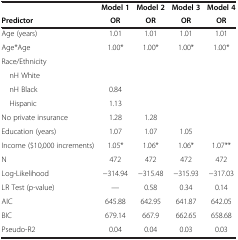
|  | Model 1 | Model 2 | Model 3 | Model 4 |
 | Predictor | OR | OR | OR | OR |
 | --- | --- | --- | --- | --- |
 | Age (years) | 1.01 | 1.01 | 1.01 | 1.01 |
 | Age*Age | 1.00* | 1.00* | 1.00* | 1.00* |
 | Race/Ethnicity |  |  |  |  |
 | nH White |  |  |  |  |
 | nH Black | 0.84 |  |  |  |
 | Hispanic | 1.13 |  |  |  |
 | No private insurance | 1.28 | 1.28 |  |  |
 | Education (years) | 1.07 | 1.07 | 1.05 |  |
 | Income ($10,000 increments) | 1.05* | 1.06* | 1.06* | 1.07** |
 | N | 472 | 472 | 472 | 472 |
 | Log-Likelihood | −314.94 | −315.48 | −315.93 | −317.03 |
 | LR Test (p-value) | --- | 0.58 | 0.34 | 0.14 |
 | AIC | 645.88 | 642.95 | 641.87 | 642.05 |
 | BIC | 679.14 | 667.9 | 662.65 | 658.68 |
 | Pseudo-R2 | 0.04 | 0.04 | 0.03 | 0.03 |